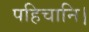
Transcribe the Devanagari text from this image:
पहिचानि।